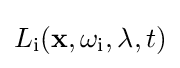
L_{\text{i}}(\mathbf {x} ,\omega _{\text{i}},\lambda ,t)